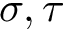
\sigma , \tau